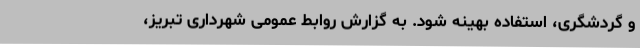
و گردشگری، استفاده بهینه شود. به گزارش روابط عمومی شهرداری تبریز،